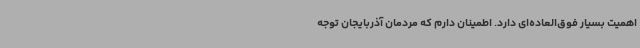
اهمیت بسیار فوق‌العاده‌ای دارد. اطمینان دارم که مردمان آذربایجان توجه